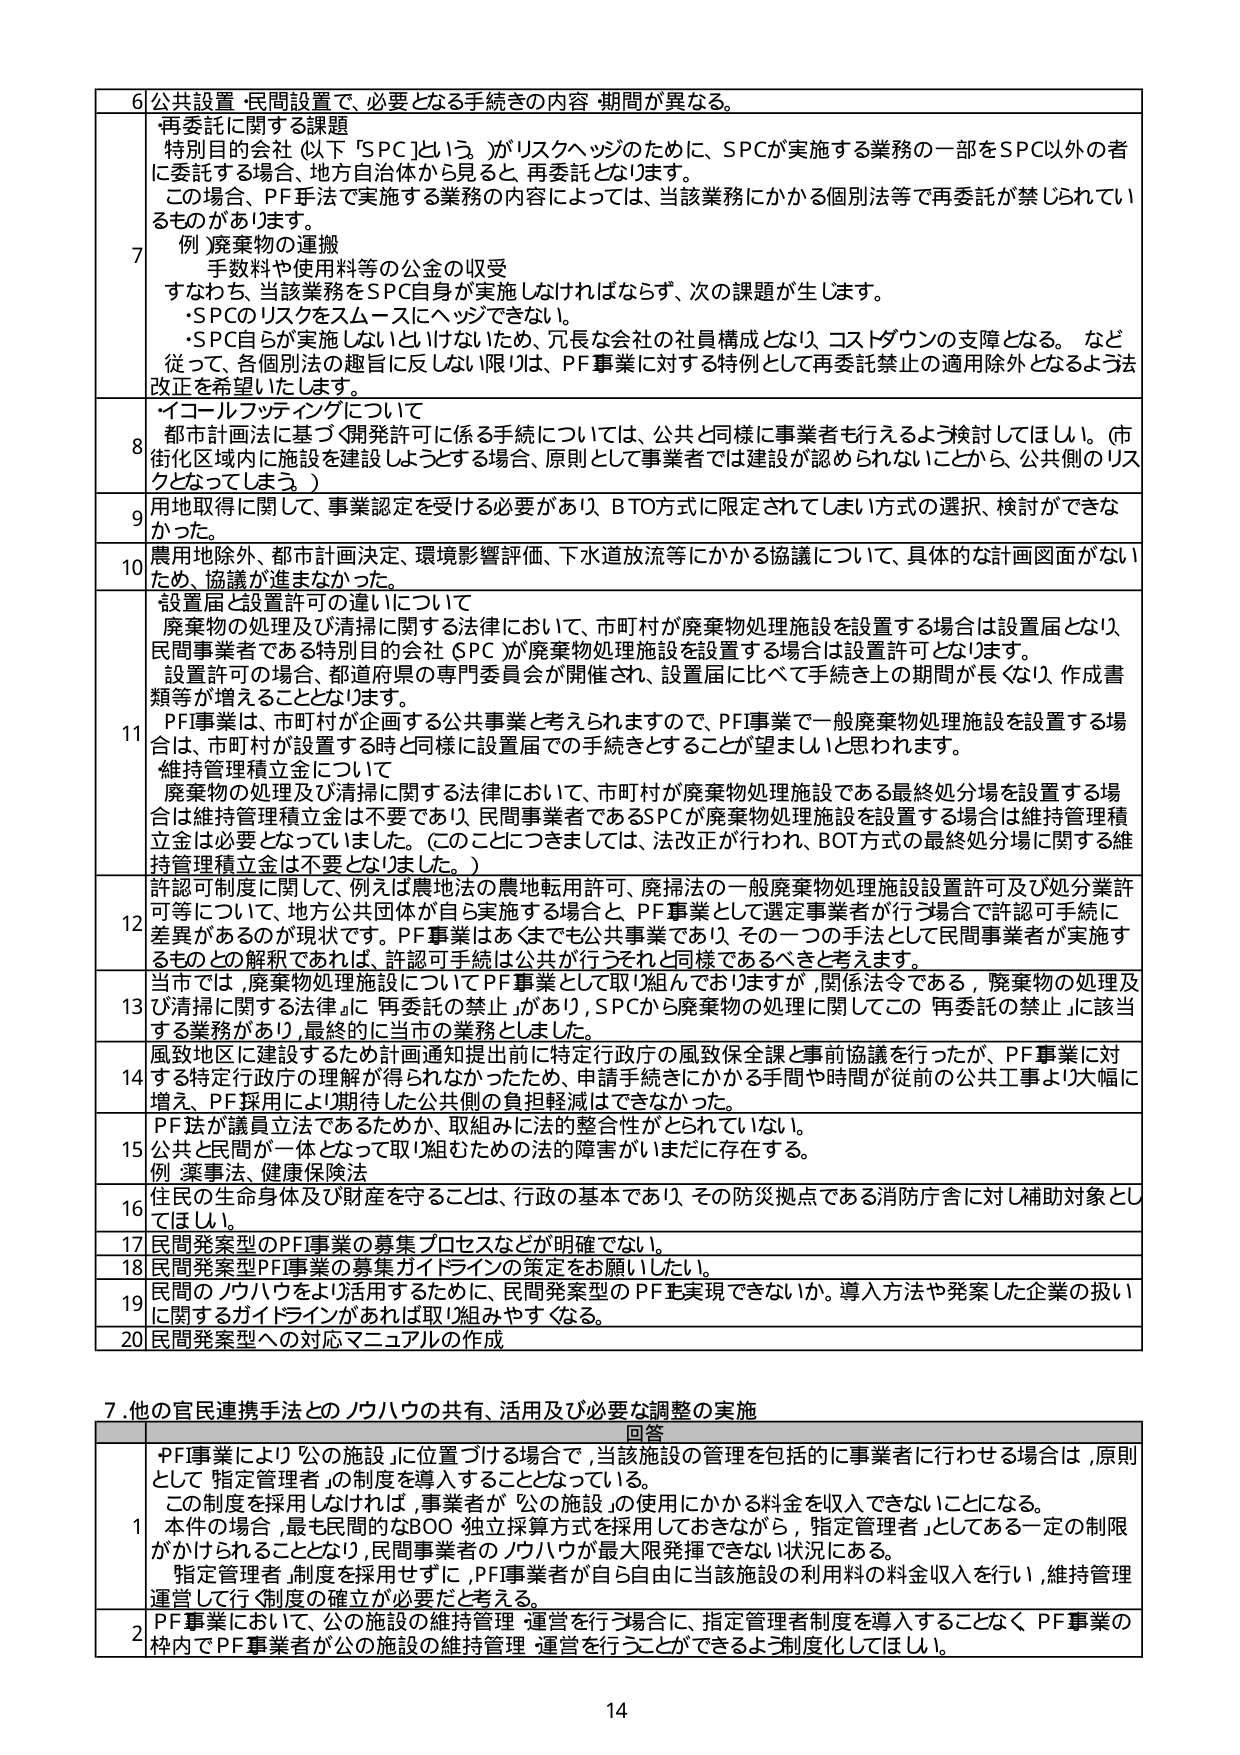
6 公共設置・民間設置で、必要となる手続きの内容・期間が異なる。

7 再委託に関する課題
特別目的会社（以下「SPC」という。）がリスクヘッジのために、SPCが実施する業務の一部をSPC以外の者に委託する場合、地方自治体から見ると、再委託となります。
この場合、PF手法で実施する業務の内容によっては、当該業務にかかる個別法等で再委託が禁じられているものがあります。
例）廃棄物の運搬
手数料や使用料等の公金の収受
すなわち、当該業務をSPC自身が実施しなければならず、次の課題が生じます。
・SPCのリスクをスムーズにヘッジできない。
・SPC自らが実施しないといけないため、冗長な会社の社員構成となり、コストダウンの支障となる。など
従って、各個別法の趣旨に反しない限りは、PF事業に対する特例として再委託禁止の適用除外となるよう法改正を希望いたします。

8 イコールフィッティングについて
都市計画法に基づく開発許可に係る手続については、公共と同様に事業者も行えるよう検討してほしい。（市街化区域内に施設を建設しようとする場合、原則として事業者では建設が認められないことから、公共側のリスクとなってしまう。）

9 用地取得に関して、事業認定を受ける必要があり、BTO方式に限定されてしまい方式の選択、検討ができなかった。

10 農用地除外、都市計画決定、環境影響評価、下水道放流等にかかる協議について、具体的な計画図面がないため、協議が進まなかった。

11 設置届と設置許可の違いについて
廃棄物の処理及び清掃に関する法律において、市町村が廃棄物処理施設を設置する場合は設置届となり、民間事業者である特別目的会社（SPC）が廃棄物処理施設を設置する場合は設置許可となります。
設置許可の場合、都道府県の専門委員会が開催され、設置届に比べて手続き上の期間が長くなり、作成書類等が増えることとなります。
PF事業は、市町村が企画する公共事業と考えられますので、PF事業で一般廃棄物処理施設を設置する場合は、市町村が設置する時と同様に設置届での手続きとすることが望ましいと思われます。
維持管理積立金について
廃棄物の処理及び清掃に関する法律において、市町村が廃棄物処理施設である最終処分場を設置する場合は維持管理積立金は不要であり、民間事業者であるSPCが廃棄物処理施設を設置する場合は維持管理積立金は必要となっています。（このことにつきましては、法改正が行われ、BOT方式の最終処分場に関する維持管理積立金は不要となりました。）

12 許認可制度に関して、例えば農地法の農地転用許可、廃掃法の一般廃棄物処理施設設置許可及び処分業許可等について、地方公共団体が自ら実施する場合と、PF事業として選定事業者が行う場合で許認可手続に差異があるのが現状です。PF事業はあくまでも公共事業であり、その一つの手法として民間事業者が実施するものとの解釈であれば、許認可手続きは公共が行うと同様であるべきと考えます。

13 当市では、廃棄物処理施設についてPF事業として取り組んでおりますが、関係法令である「廃棄物の処理及び清掃に関する法律」に「再委託の禁止」があり、SPCから廃棄物の処理に関してこの「再委託の禁止」に該当する業務があり、最終的に当市の業務としました。

14 風致地区に建設するため計画通知提出前に特定行政庁の風致保全課と事前協議を行ったが、PF事業に対する特定行政庁の理解が得られなかったため、申請手続きにかかる手間や時間が従前の公共工事より大幅に増え、PF採用により期待した公共側の負担軽減はできなかった。

15 PF法が議員立法であるためか、取組みに法的整合性がとられていない。
公共と民間が一体となって取り組むための法的障害がいまだに存在する。
例）薬事法、健康保険法

16 住民の生命身体及び財産を守ることは、行政の基本であり、その防災拠点である消防庁舎に対し補助対象としてはほしい。

17 民間発案型のPF事業の募集プロセスなどが明確でない。

18 民間発案型PF事業の募集ガイドラインの策定をお願いしたい。

19 民間のノウハウをより活用するために、民間発案型のPFを実現できないか。導入方法や発案した企業の扱いに関するガイドラインがあれば取り組みやすくなる。

20 民間発案型への対応マニュアルの作成

7. 他の官民連携手法とのノウハウの共有、活用及び必要な調整の実施

回答

1 PF事業により「公の施設」に位置づける場合で、当該施設の管理を包括的に事業者に行わせる場合は、原則として「指定管理者」の制度を導入することとなっている。
この制度を採用しなければ、事業者が「公の施設」の使用にかかる料金を収入できないことになる。
本件の場合、最も民間的なBOO・独立採算方式を採用しておきながら、「指定管理者」としてある一定の制限がかけられることとなり、民間事業者のノウハウが最大限発揮できない状況にある。
「指定管理者」制度を採用せずに、PF事業者が自ら自由に当該施設の利用料の料金収入を行い、維持管理運営して行く制度の確立が必要だと考える。

2 PF事業において、公の施設の維持管理・運営を行う場合に、指定管理者制度を導入することなく、PF事業の枠内でPF事業者が公の施設の維持管理・運営を行うことができるよう制度化してほしい。

14